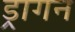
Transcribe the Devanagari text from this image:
ड्रागन